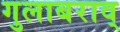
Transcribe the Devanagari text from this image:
गुलाबराव्